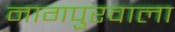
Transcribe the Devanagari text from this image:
नागपुरवाला